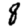
Digit: 8